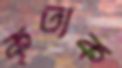
কৃত্যক